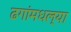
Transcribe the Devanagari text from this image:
ढगांमधल्या